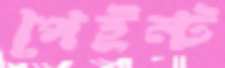
পেইন্ট